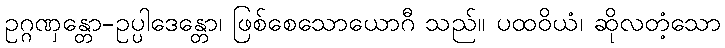
ဥဂ္ဂဏှန္တော-ဥပ္ပါဒေန္တော၊ ဖြစ်စေသောယောဂီ သည်။ ပထဝိယံ၊ ဆိုလတံ့သော